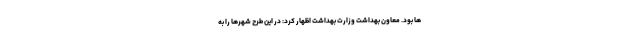
ها بود. معاون بهداشت وزارت بهداشت اظهار کرد: در این طرح شهرها را به